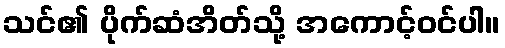
သင်၏ ပိုက်ဆံအိတ်သို့ အကောင့်ဝင်ပါ။